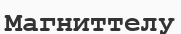
Магниттелу